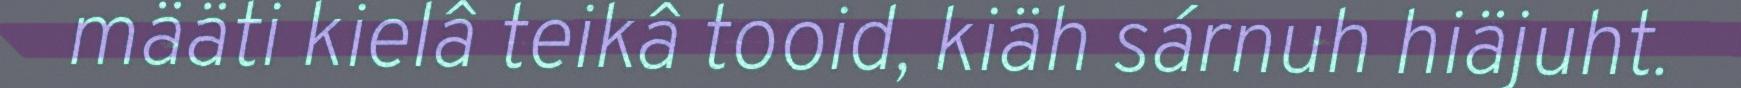
määti kielâ teikâ tooid, kiäh sárnuh hiäjuht.